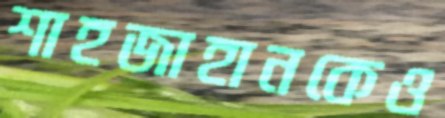
শাহজাহানকেও